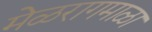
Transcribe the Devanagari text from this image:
मेळरागमाळा